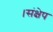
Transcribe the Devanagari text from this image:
।संक्षेप